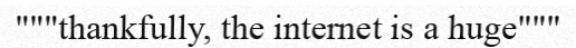
"""thankfully, the internet is a huge"""